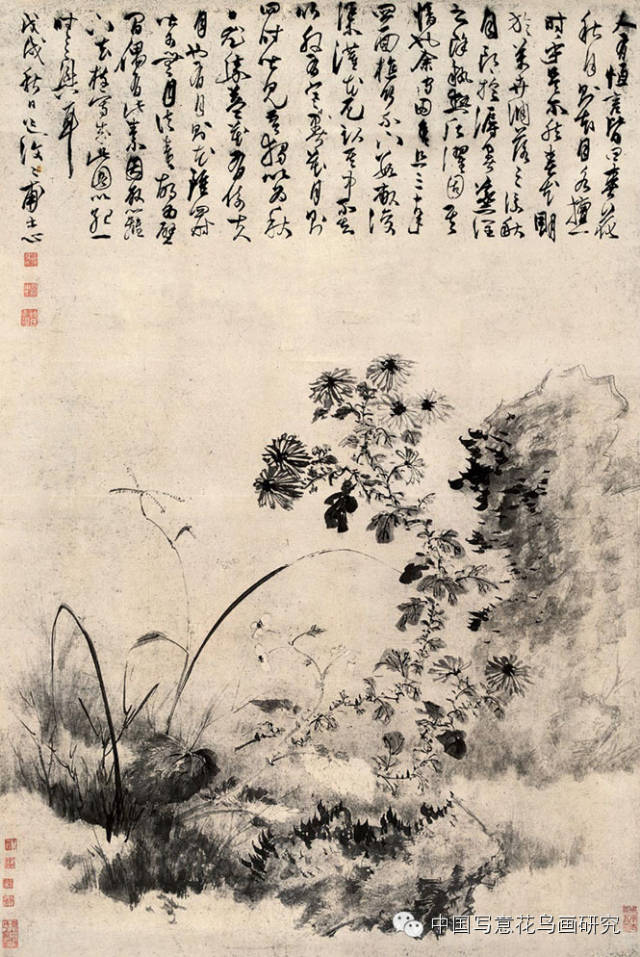
归雁横秋，倦客思家。